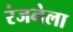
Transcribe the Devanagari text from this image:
रंजनेला